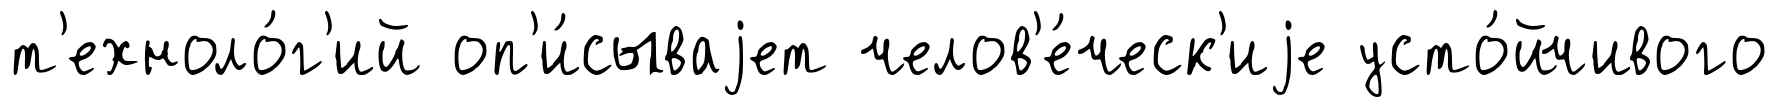
т'ехноло́г'ий оп'и́сываjет челов'е́ческ'иjе усто́йчивого